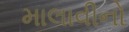
માલાવીનો